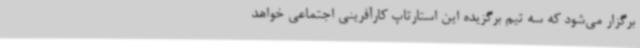
برگزار می‌شود که سه تیم برگزیده این استارتاپ کارآفرینی اجتماعی خواهد